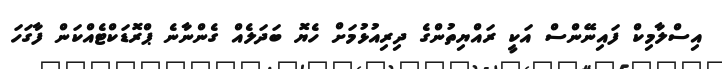
އިސްލާމިކް ފައިނޭންސް އަކީ ރައްޔިތުންގެ ދިރިއުޅުމަށް ހެޔޮ ބަދަލެއް ގެންނާނެ ޕްރޮޑަކްޓެއްކަން ފާގަހަ